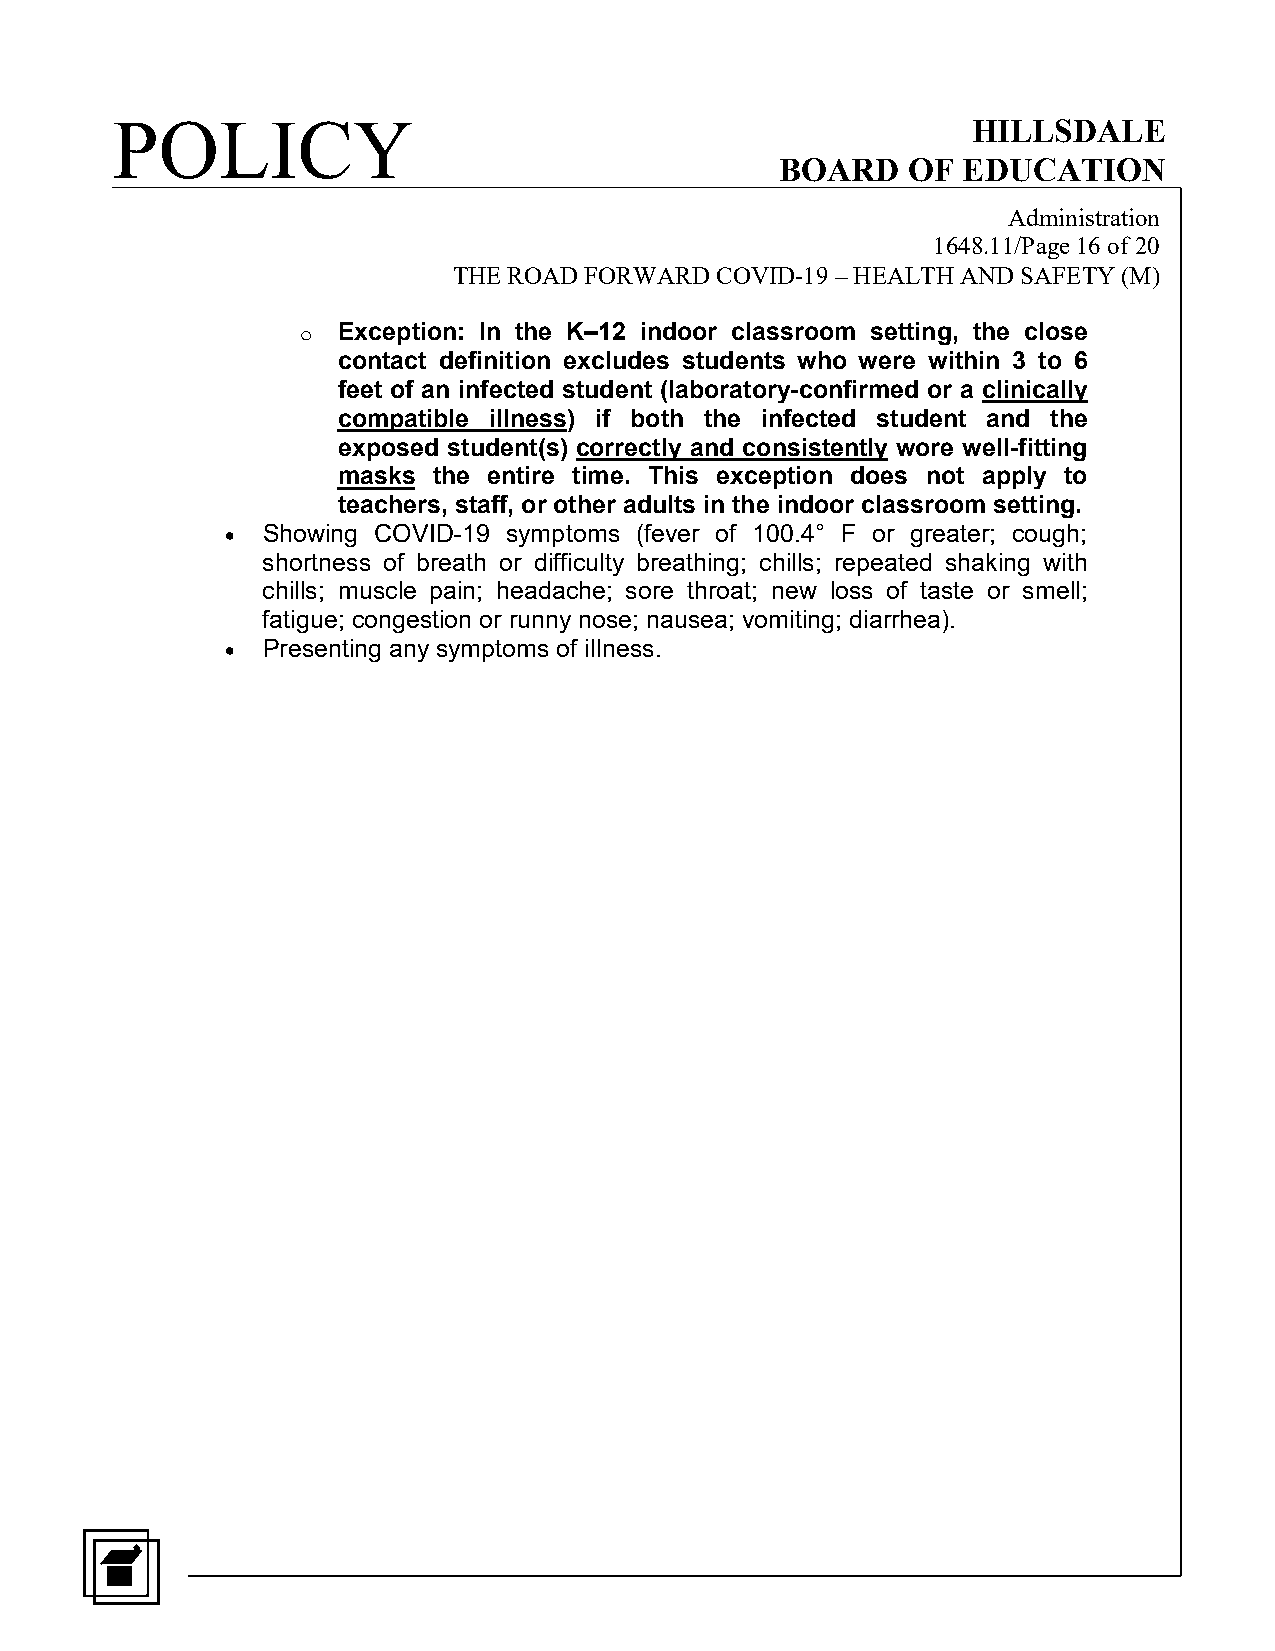
POLICY                                                   HILLSDALE
 BOARD   OF  EDUCATION
 Administration
 1648.11/Page 16 of 20
 THE ROAD FORWARD COVID-19 – HEALTH AND SAFETY (M)
 Exception: In the K–12 indoor classroom setting, the close
 o
 contact definition excludes students who were within 3 to 6
 feet of an infected student (laboratory-confirmed or a clinically
 compatible illness) if both the infected student and the
 exposed student(s) correctly and consistently wore well-fitting
 masks  the entire time. This exception does not apply to
 teachers, staff, or other adults in the indoor classroom setting.
 • Showing COVID-19 symptoms (fever of 100.4° F or greater; cough;
 shortness of breath or difficulty breathing; chills; repeated shaking with
 chills; muscle pain; headache; sore throat; new loss of taste or smell;
 fatigue; congestion or runny nose; nausea; vomiting; diarrhea).
 • Presenting any symptoms of illness.